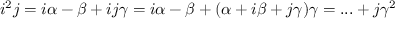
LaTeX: i ^ { 2 } j = i \alpha - \beta + i j \gamma = i \alpha - \beta + ( \alpha + i \beta + j \gamma ) \gamma = . . . + j \gamma ^ { 2 }